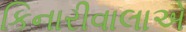
કિનારીવાલાએ